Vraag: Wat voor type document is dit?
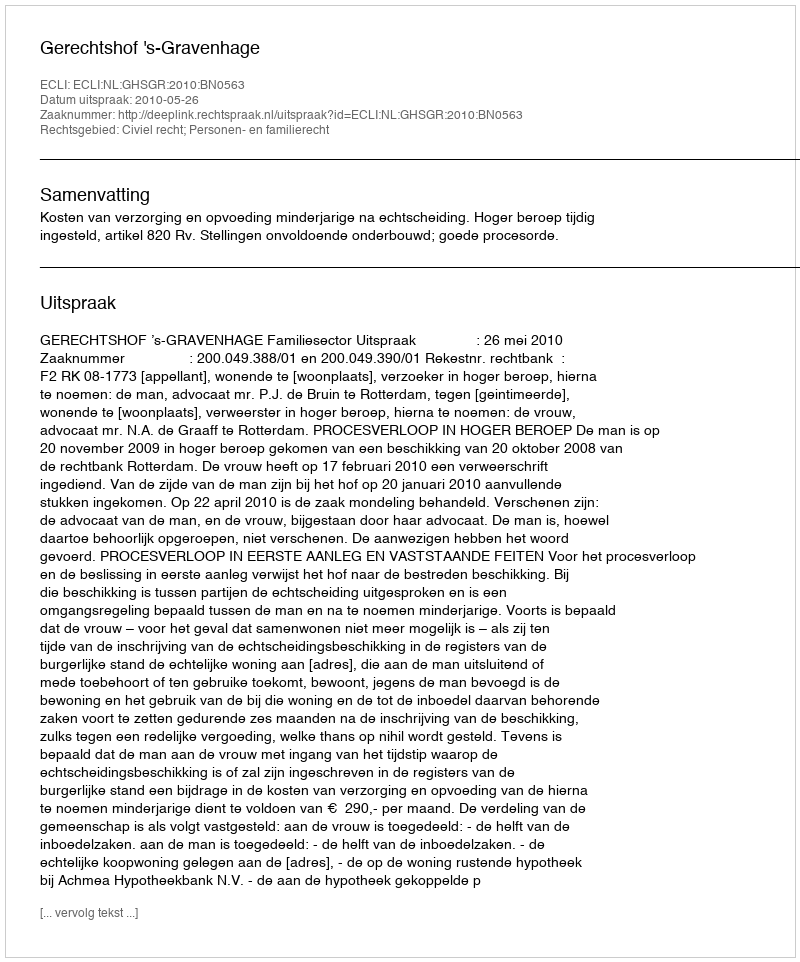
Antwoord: Uitspraak